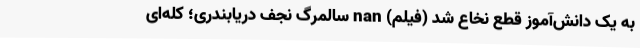
به یک دانش‌آموز قطع نخاع شد (فیلم) nan سالمرگ نجف دریابندری؛ کله‌ای